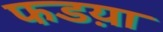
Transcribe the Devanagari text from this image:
फडय़ा